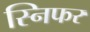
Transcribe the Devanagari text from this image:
स्निफर